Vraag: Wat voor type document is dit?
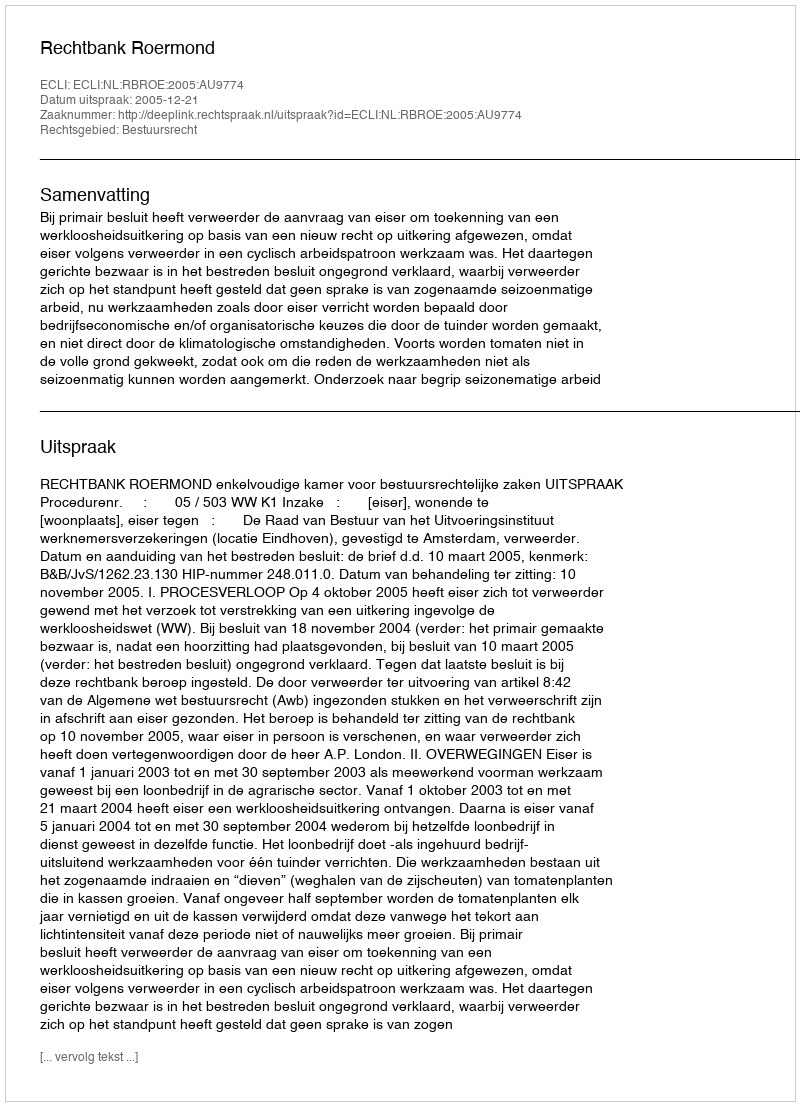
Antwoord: Uitspraak